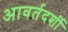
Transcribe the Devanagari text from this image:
आवर्तदर्शी